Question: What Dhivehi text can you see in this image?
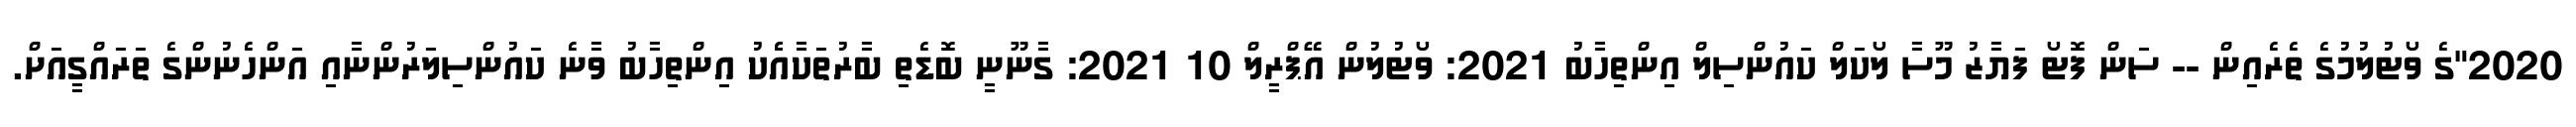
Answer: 2020"ގެ ވޯޓުލުމުގެ ތެރެއިން -- ސަން ފޮޓޯ ފަޔާޒު މޫސާ ލޯކަލް ކައުންސިލް އިންތިހާބު 2021: ވޯޓުލުން އޭޕްރީލް 10 2021: ގާނޫނީ ބޮޑެތި ބާރުތަކާއެެކު އިންތިހާބު ވާނެ ކައުންސިލަރުންނާއި އަންހެނުންގެ ތަރައްގީއަށް.